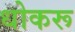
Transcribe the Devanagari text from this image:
धोकरू